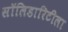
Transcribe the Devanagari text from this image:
सॉलिडारिटीला